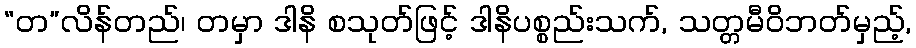
“တ”လိန်တည်၊ တမှာ ဒါနိ စသုတ်ဖြင့် ဒါနိပစ္စည်းသက်, သတ္တမီဝိဘတ်မှည့်,